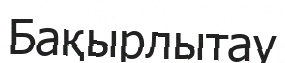
Бақырлытау